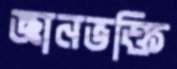
জ্ঞানভক্তি